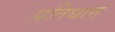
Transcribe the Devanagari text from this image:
प्रतिधान